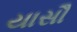
યાસૌ